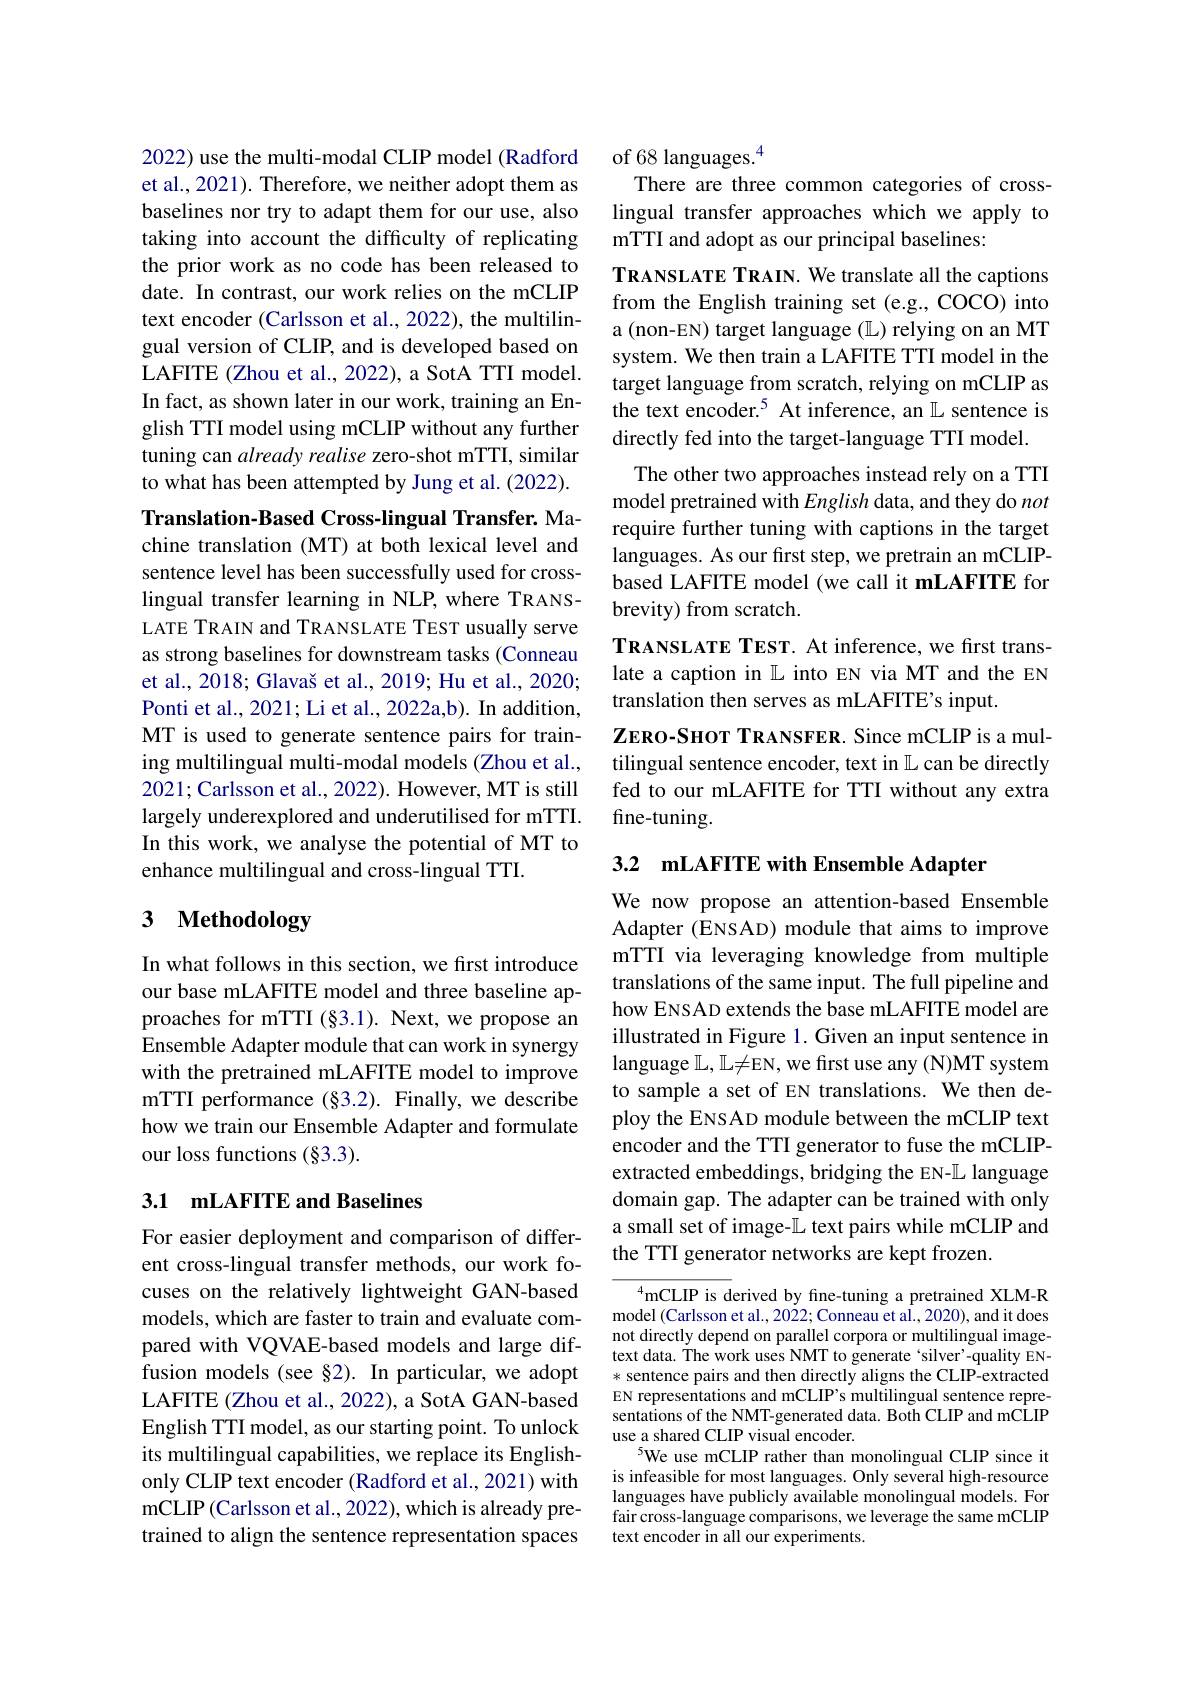
2022) use the multi-modal CLIP model (Radford et al., 2021). Therefore, we neither adopt them as baselines nor try to adapt them for our use, also taking into account the difficulty of replicating the prior work as no code has been released to date. In contrast, our work relies on the mCLIP text encoder (Carlsson et al., 2022), the multilingual version of CLIP, and is developed based on LAFITE (Zhou et al., 2022), a SotA TTI model. In fact, as shown later in our work, training an English TTI model using mCLIP without any further tuning can already realise zero-shot mTTI, similar to what has been attempted by Jung et al. (2022).

Translation-Based Cross-lingual Transfer. Machine translation (MT) at both lexical level and sentence level has been successfully used for crosslingual transfer learning in NLP, where TRANSLATE TRAIN and TRANSLATE TEST usually serve as strong baselines for downstream tasks (Conneau et al., 2018; Glavaš et al., 2019; Hu et al., 2020; Ponti et al., 2021; Li et al., 2022a,b). In addition, MT is used to generate sentence pairs for training multilingual multi-modal models (Zhou et al., 2021; Carlsson et al., 2022). However, MT is still largely underexplored and underutilised for mTTI. In this work, we analyse the potential of MT to enhance multilingual and cross-lingual TTI.

# 3 Methodology

In what follows in this section, we first introduce our base mLAFITE model and three baseline approaches for mTTI $(\S3.1).$ Next, we propose an Ensemble Adapter module that can work in synergy with the pretrained mLAFITE model to improve mTTI performance (§3.2). Finally, we describe how we train our Ensemble Adapter and formulate our loss functions (§3.3).

## 3.1 mLAFITE and Baselines

For easier deployment and comparison of different cross-lingual transfer methods, our work focuses on the relatively lightweight GAN-based models, which are faster to train and evaluate compared with VQVAE-based models and large diffusion models (see §2). In particular, we adopt LAFITE (Zhou et al., 2022), a SotA GAN-based English TTI model, as our starting point. To unlock its multilingual capabilities, we replace its Englishonly CLIP text encoder (Radford et al., 2021) with mCLIP (Carlsson et al., 2022), which is already pretrained to align the sentence representation spaces

of 68 languages.$^{4}$
There are three common categories of crosslingual transfer approaches which we apply to mTTI and adopt as our principal baselines:
TRANSLATE TRAIN. We translate all the captions from the English training set (e.g., COCO) into a (non-EN) target language ($\mathbb{L}$) relying on an MT system. We then train a LAFITE TTI model in the target language from scratch, relying on mCLIP as the text encoder.$^5$ At inference, an $\mathbb{L}$ sentence is directly fed into the target-language TTI model.
The other two approaches instead rely on a TTI model pretrained with English data, and they do not require further tuning with captions in the target languages. As our first step, we pretrain an mCLIPbased LAFITE model (we call it mLAFITE for brevity) from scratch.
TRANSLATE TEST. At inference, we first translate a caption in $\mathbb{L}$ into EN via MT and the EN translation then serves as mLAFITE's input.
$\mathbf{Z}$ERO-SHOT TRANSFER. Since mCLIP is a multilingual sentence encoder, text in $\mathbb{L}$ can be directly fed to our mLAFITE for TTI without any extra fine-tuning.

3.2 mLAFITE with Ensemble Adapter

We now propose an attention-based Ensemble Adapter (ENSAD) module that aims to improve mTTI via leveraging knowledge from multiple translations of the same input. The full pipeline and how ENSAD extends the base mLAFITE model are illustrated in Figure 1. Given an input sentence in language $\mathbb{L},\mathbb{L}\neq$EN, we first use any (N)MT system to sample a set of EN translations. We then deploy the ENSAD module between the mCLIP text encoder and the TTI generator to fuse the mCLIPextracted embeddings, bridging the EN-$\mathbb{L}$ language domain gap. The adapter can be trained with only a small set of image-$\mathbb{L}$ text pairs while mCLIP and the TTI generator networks are kept frozen.

$^{4}$mCLIP is derived by fine-tuning a pretrained XLM-R model (Carlsson et al., 2022; Conneau et al., 2020), and it does not directly depend on parallel corpora or multilingual imagetext data. The work uses NMT to generate 'silver'-quality EN- * sentence pairs and then directly aligns the CLIP-extracted EN representations and mCLIP's multilingual sentence representations of the NMT-generated data. Both CLIP and mCLIP use a shared CLIP visual encoder.
5We use mCLIP rather than monolingual CLIP since it is infeasible for most languages. Only several high-resource languages have publicly available monolingual models. For fair cross-language comparisons, we leverage the same mCLIP text encoder in all our experiments.